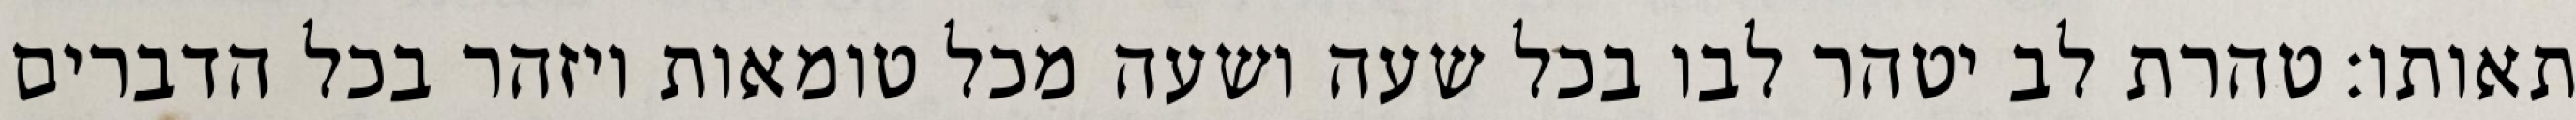
תאותו: טהרת לב יטהר לבו בכל שעה ושעה מכל טומאות ויזהר בכל הדברים